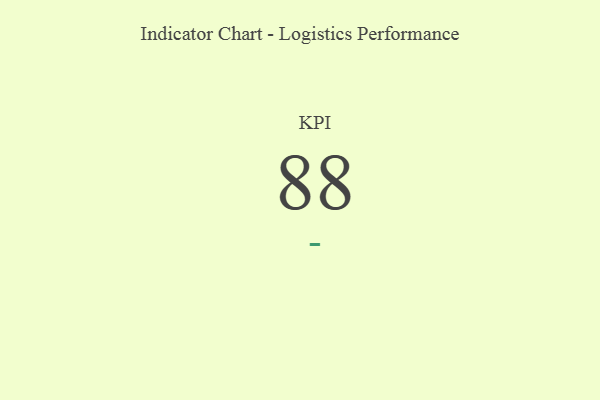
{"axis": {"x": "KPI", "y": "Value"}, "legend": [""], "data": [{"x": "KPI", "y": 88, "type": ""}]}